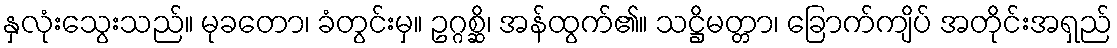
နှလုံးသွေးသည်။ မုခတော၊ ခံတွင်းမှ။ ဥဂ္ဂစ္ဆိ၊ အန်ထွက်၏။ သဋ္ဌိမတ္တာ၊ ခြောက်ကျိပ် အတိုင်းအရှည်